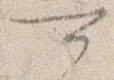
可